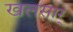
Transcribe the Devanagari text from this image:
खलसार्